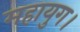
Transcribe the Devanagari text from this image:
महायुग।